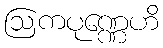
ဩကပုဏ္ဏေဟိ